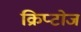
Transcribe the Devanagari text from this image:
क्रिप्टोज